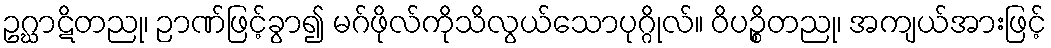
ဥဂ္ဃာဋိတညု၊ ဉာဏ်ဖြင့်ခွာ၍ မဂ်ဖိုလ်ကိုသိလွယ်သောပုဂ္ဂိုလ်။ ဝိပဉ္စိတညု၊ အကျယ်အားဖြင့်